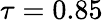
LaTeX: \tau=0.85